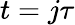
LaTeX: t=j\tau